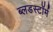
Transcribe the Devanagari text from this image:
ब्लडस्टॉर्म